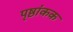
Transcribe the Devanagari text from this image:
पृष्ठांकक